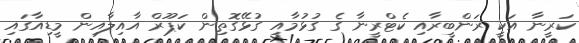
ކަރީނާ އަކީ ރަންބީރާއި ކެޓްރީނާ ގެ ގުޅުމާއި ގުޅޭގޮތިން ކަޕޫރް އާއިލާއިން މީޑިއާގައި